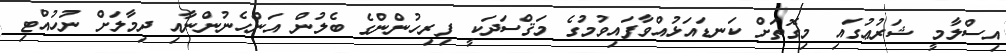
އިސްލާމީ ޝަރުޢުގައި މިގޮތަށް ކަނޑައަޅުއްވާފައިވުމުގެ މަޤްސަދަކީ ފިރިހުންންގެ ބެލުން އަންހެނުންނާއި ދިމާލަށް ނުހުއްޓި